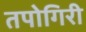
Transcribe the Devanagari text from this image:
तपोगिरी